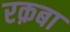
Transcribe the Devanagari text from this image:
रक़बा